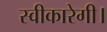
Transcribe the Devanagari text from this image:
स्वीकारेगी।